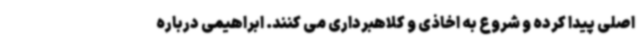
اصلی پیدا کرده و شروع به اخاذی و کلاهبرداری می کنند. ابراهیمی درباره